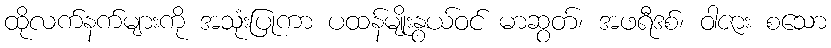
ထိုလက်နက်များကို အသုံးပြုကာ ပထန်မျိုးနွယ်ဝင် မာဆွတ်၊ အဖရီဒစ်၊ ဝါဇား စသော